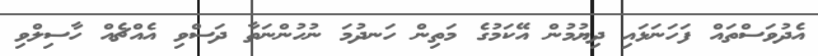
އެދުވަސްތައް ފަހަނަޅައި ދިޔުމުން އޭކަމުގެ މަތިން ހަނދުމަ ނުހުންނަތާ ދަސްވި އެއްޗެއް ހާސިލްވި